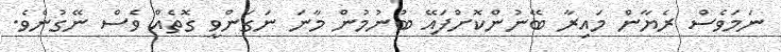
ނަމަވެސް ރެޔާން މައިރާ ބޭނުންކޮށްފައޭ ބުނުމުން މާނަ ނަގަންވީ ގޮތެއް ވެސް ނޭގުނެވެ.